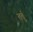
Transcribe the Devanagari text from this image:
तर्तु